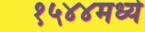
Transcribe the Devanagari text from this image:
१५४४मध्ये